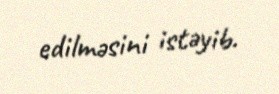
edilməsini istəyib.